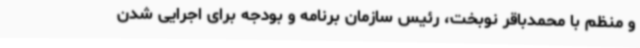
و منظم با محمدباقر نوبخت، رئیس سازمان برنامه و بودجه برای اجرایی شدن